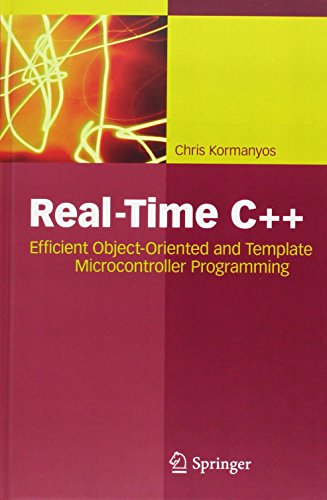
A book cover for Real-Time C++: Efficient Object-Oriented and Template Microcontroller Programming; Christopher Kormanyos; Computers & Technology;